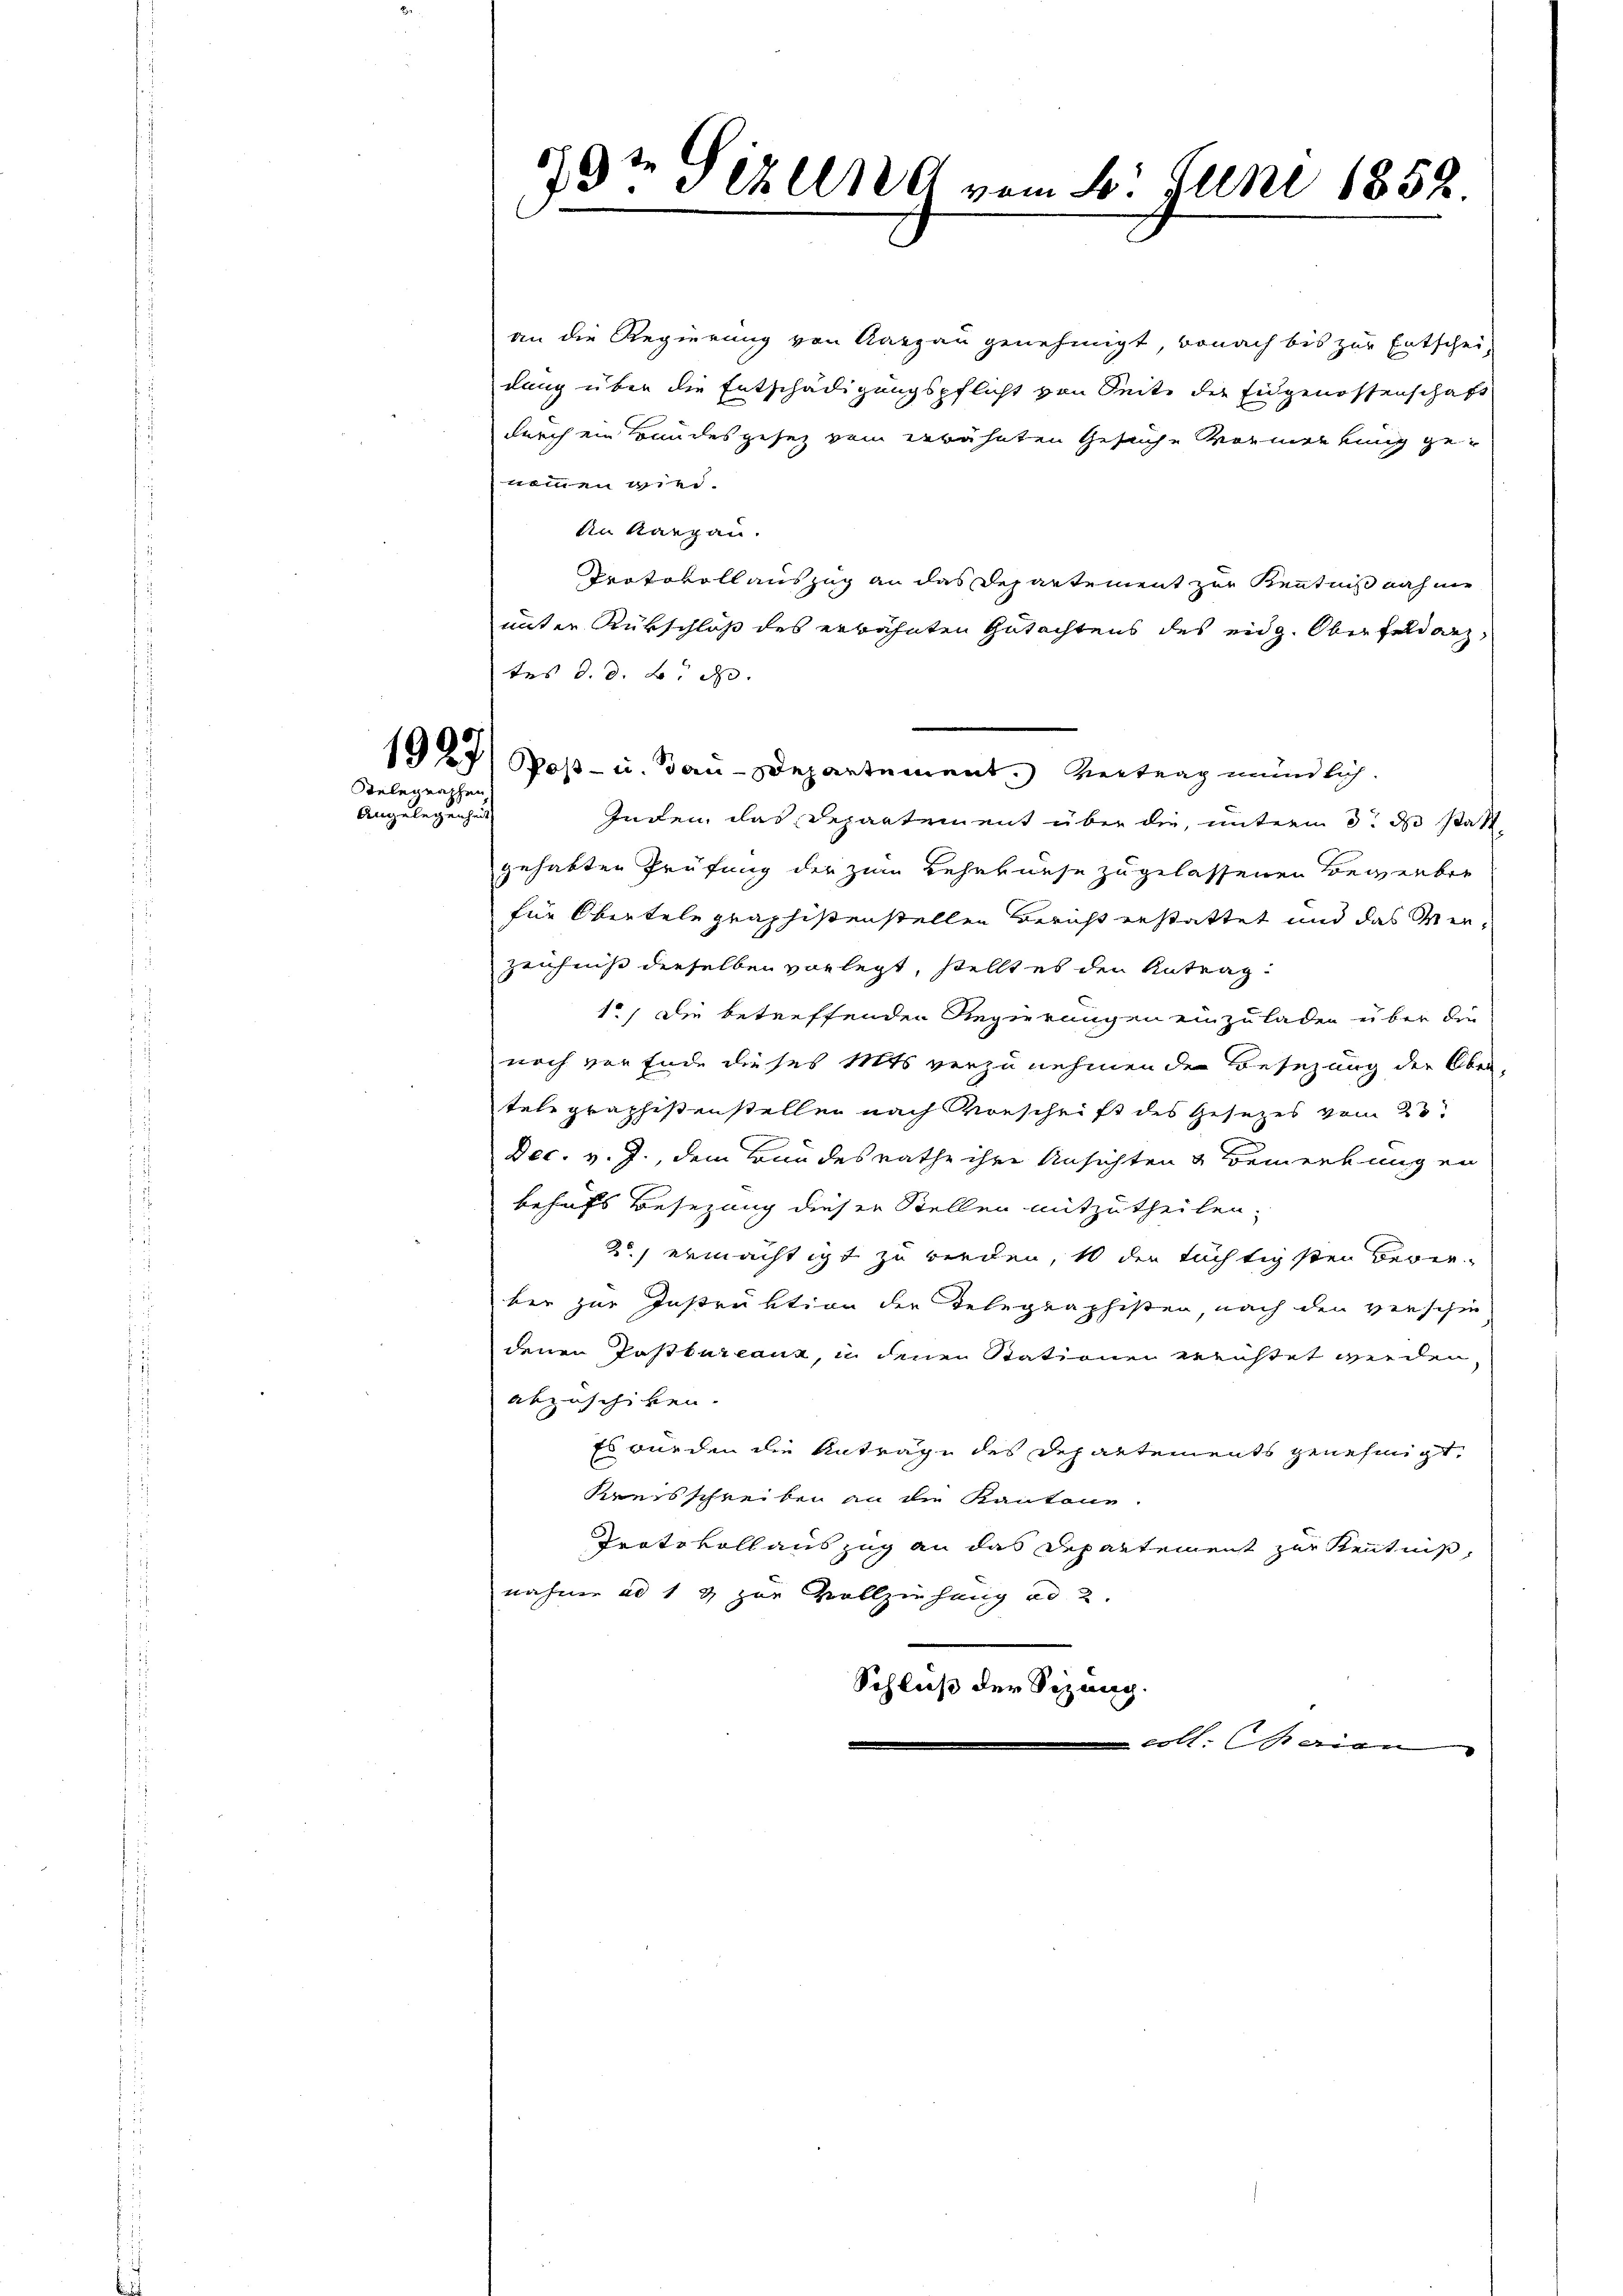
1927.
Stelegraphen
Angelegenhe

9te Pezelne vom 20. Juni 1858

an die Regierung von Aargau genehmigt, wonach bis zur Entschei-
gang über die Entschädigungspflicht von Seite der Eidgenossenschaft
durch ein Bundesgesez vom erwähnten Gesuche Vormerkung genommen wird.
An Kanzen.
Protokollauszug an das Departement zur Kenntniß noch me
unter Rükschluß des erwähnten Gutachtens des eidg. Oberfeldarz
tes d. d. B. d.
Poß- u. Tau-Departement.) Vertrag mündlich.
Inden, das Departement über die, unterm 3. ds statt
gehabten Prüfung der zum Lehrkurse zugelassenen Bewerber
für Obertelegraphistenstellen Bericht erstattet und das Men¬
Zeichniß derselben vorlegt, stellt es den Antrag
1.) Die betreffenden Regierungen einzuladen über die
noch von Ende dieses Mits vorzunehmenden Besetzung der Ober-
telegraphistenstellen nach Vorschrift des Gesetzes vom 23.
Dec. v. J., dem Bundesrathe ihre Ansichten & Bemerkung en
behufs Besezung dieser Stellen mitzutheilen.
2) ermächtigt zu werden, 10 der tüchtigsten Bedie
ber zur Instruktion der Telegraphisten, nach den verschie-
denen Postkurcanz, in denen Stationen errichtet werden,
abzuschiken.
Es wurden die Anträge des Departements genehmigt.
Kreisschreiben an die Kantone.
Protokoll auszug an das Departement zur Kenntniß,
nahme ad 1 & zur Vollziehung ad 2.
Schluß der Sizang.
oll. Sage